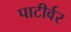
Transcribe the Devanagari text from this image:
पाटीर्वर